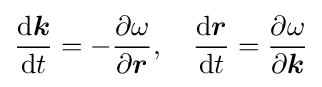
{\frac {\mathrm {d} {\boldsymbol {k}}}{\mathrm {d} t}}=-{\frac {\partial \omega }{\partial {\boldsymbol {r}}}},\quad {\frac {\mathrm {d} {\boldsymbol {r}}}{\mathrm {d} t}}={\frac {\partial \omega }{\partial {\boldsymbol {k}}}}